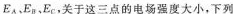
E_{A}，E_{B}，E_{C}，关于这三点的电场强度大小，下列